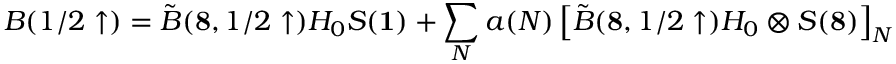
B ( 1 / 2 \uparrow ) = \tilde { B } ( { \bf 8 } , 1 / 2 \uparrow ) H _ { 0 } S ( { \bf 1 } ) + \sum _ { N } a ( N ) \left[ \tilde { B } ( { \bf 8 } , 1 / 2 \uparrow ) H _ { 0 } \otimes S ( { \bf 8 } ) \right] _ { N }